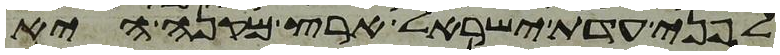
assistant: לפני עדת ישראל ארץ מקנה היא